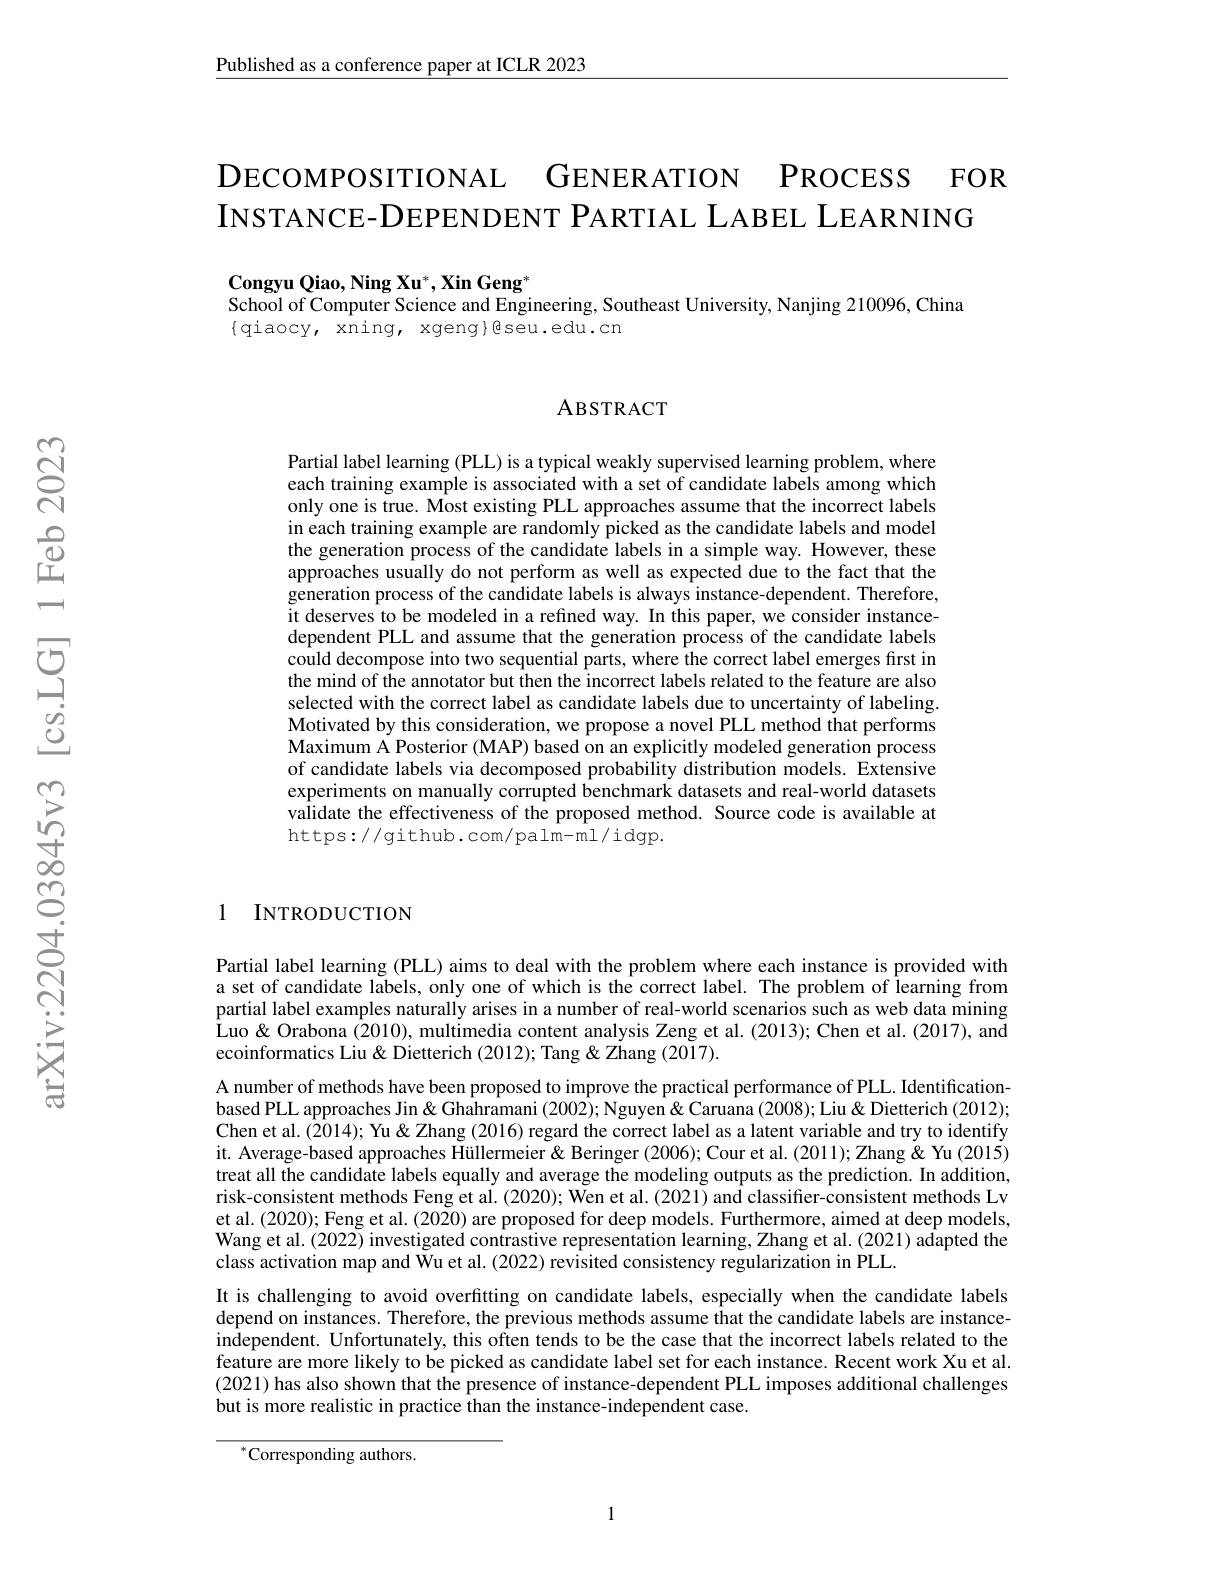
Published as a conference paper at ICLR 2023

DECOMPOSITIONAL GENERATION PROCESS FOR
INSTANCE-DEPENDENT PARTIAL LABEL LEARNING

$\mathbf{Congyu~Qiao,Ning~Xu^{*},Xin~Geng^{*}}$
School of Computer Science and Engineering, Southeast University, Nanjing 210096, China
$\{$qiaocy, xning, xgeng$\}$dseu.edu.cn

ABSTRACT

Partial label learning (PLL) is a typical weakly supervised learning problem, where each training example is associated with a set of candidate labels among which only one is true. Most existing PLL approaches assume that the incorrect labels in each training example are randomly picked as the candidate labels and model the generation process of the candidate labels in a simple way. However, these approaches usually do not perform as well as expected due to the fact that the generation process of the candidate labels is always instance-dependent. Therefore, it deserves to be modeled in a refined way. In this paper, we consider instancedependent PLL and assume that the generation process of the candidate labels could decompose into two sequential parts, where the correct label emerges first in the mind of the annotator but then the incorrect labels related to the feature are also selected with the correct label as candidate labels due to uncertainty of labeling. Motivated by this consideration, we propose a novel PLL method that performs Maximum A Posterior (MAP) based on an explicitly modeled generation process of candidate labels via decomposed probability distribution models. Extensive experiments on manually corrupted benchmark datasets and real-world datasets validate the effectiveness of the proposed method. Source code is available at https://github.com/palm-ml/idgp.

1 INTRODUCTION

Partial label learning (PLL) aims to deal with the problem where each instance is provided with a set of candidate labels, only one of which is the correct label. The problem of Îearning from partial label examples naturally arises in a number of real-world scenarios such as web data mining $\hat{\text{Luo}}$ & Orabona (2010), multimedia content analysis Zeng et al. (2013); Chen et al. (2017), and ecoinformatics Liu & Dietterich (2012); Tang & Zhang (2017).
A number of methods have been proposed to improve the practical performance of PLL. Identificationbased PLL approaches Jin & Ghahramani (2002); Nguyen & Caruana (2008); Liu& Dietterich (2012); Chen et al.(2014); Yu & Yu & Zhang (2016) regard the correct label as a latent variable and try to identify it. Average-based approaches Hüllermeier& Beringer (2006); Cour et al. (2011); Zhang & Yu (2015) treat all the candidate labels equally and average the modeling outputs as the prediction. In addition, risk-consistent methods Feng et al. (2020); Wen et al. (2021) and classifier-consistent methods Lv et al. (2020); Feng et al. (2020) are proposed for deep models. Furthermore, aimed at deep models, Wang et al. (2022) investigated contrastive representation learning, Zhang et al. (2021) adapted the class activation map and Wu et al. (2022) revisited consistency regularization in PLL.
It is challenging to avoid overfıtting on candidate labels, especially when the candidate labels depend on instances. Therefore, the previous methods assume that the candidate labels are instanceindependent. Unfortunately, this often tends to be the case that the incorrect labels related to the feature are more likely to be picked as candidate label set for each instance. Recent work Xu et al. (2021) has also shown that the presence of instance-dependent PLL imposes additional challenges but is more realistic in practice than the instance-independent case.

$^{*}$Corresponding authors.

1